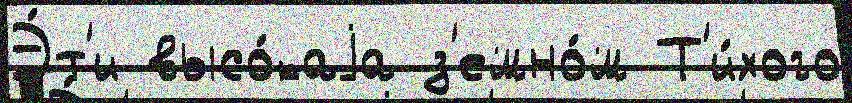
Э́т'и высо́каjа з'емно́м Т'и́хого